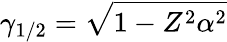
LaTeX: \gamma_{1/2}=\sqrt{1-Z^{2}\alpha^{2}}